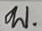
บ